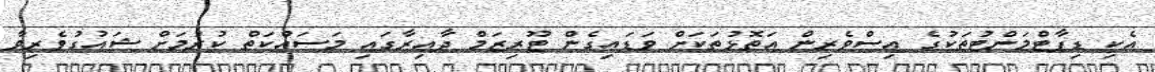
އެކި ޑިޕާޓްމަންޓުތަކުގެ އިސްވެރިން އަތޮޅުތަކަށް ވަޑައިގެން ޓޫރިޒަމް ދާއިރާގައި މަސައްކަތް ކުރުމަށް ޝައުގުވެރިވާ